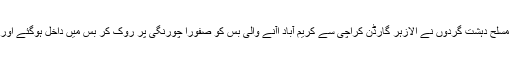
سانحے کی ابتدائی اطلاعات کے مطابق بدھ کے روز مسلح دہشت گردوں نے الازہر گارڈن کراچی سے کریم آباد اآنے والی بس کو صفورا چورنگی پر روک کر بس میں داخل ہوگئے اور بس میں سوار تمام افراد کے سروں پر گولیاں ماریں ۔